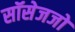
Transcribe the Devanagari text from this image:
सॉसेजजो